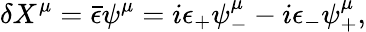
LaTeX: \delta X^{\mu}=\bar{\epsilon}\psi^{\mu}=i\epsilon_{+}\psi_{-}^{\mu}-i\epsilon_{-}\psi_{+}^{\mu},